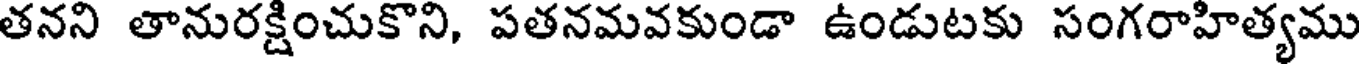
తనని తానురక్షించుకొని, పతనమవకుండా ఉండుటకు సంగరాహిత్యము